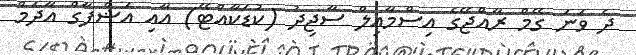
ދެ ވަނަ ގޭމް ރާއްޖޭގެ އިސްމާއިލް ސާޖިދު (ކުޑަކާއްޓޭ) އާއި އަޝްފާގް އާދަމް